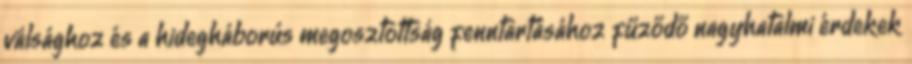
válsághoz és a hidegháborús megosztottság fenntartásához fűződő nagyhatalmi érdekek